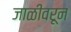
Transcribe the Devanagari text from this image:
जाळीवरून